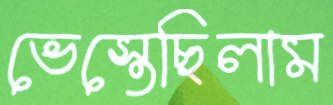
ভেস্তেছিলাম